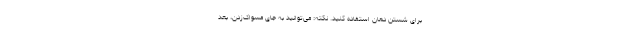
برای شستن دهان استفاده کنید. نکته‌: می‌توانید به جای مسواک‌زدن، بعد